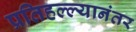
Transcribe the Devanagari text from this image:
प्रतिहल्ल्यानंतर